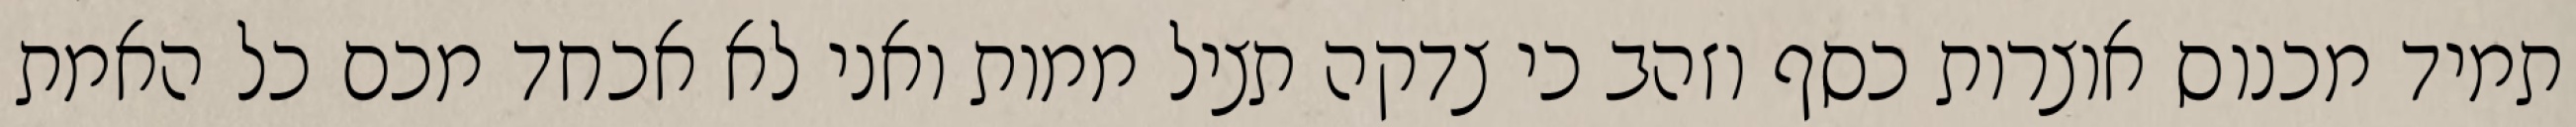
תמיד מכנוס אוצרות כסף וזהב כי צדקה תציל ממות ואני לא אכחד מכם כל האמת